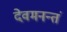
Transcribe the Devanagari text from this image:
देवमनन्तं